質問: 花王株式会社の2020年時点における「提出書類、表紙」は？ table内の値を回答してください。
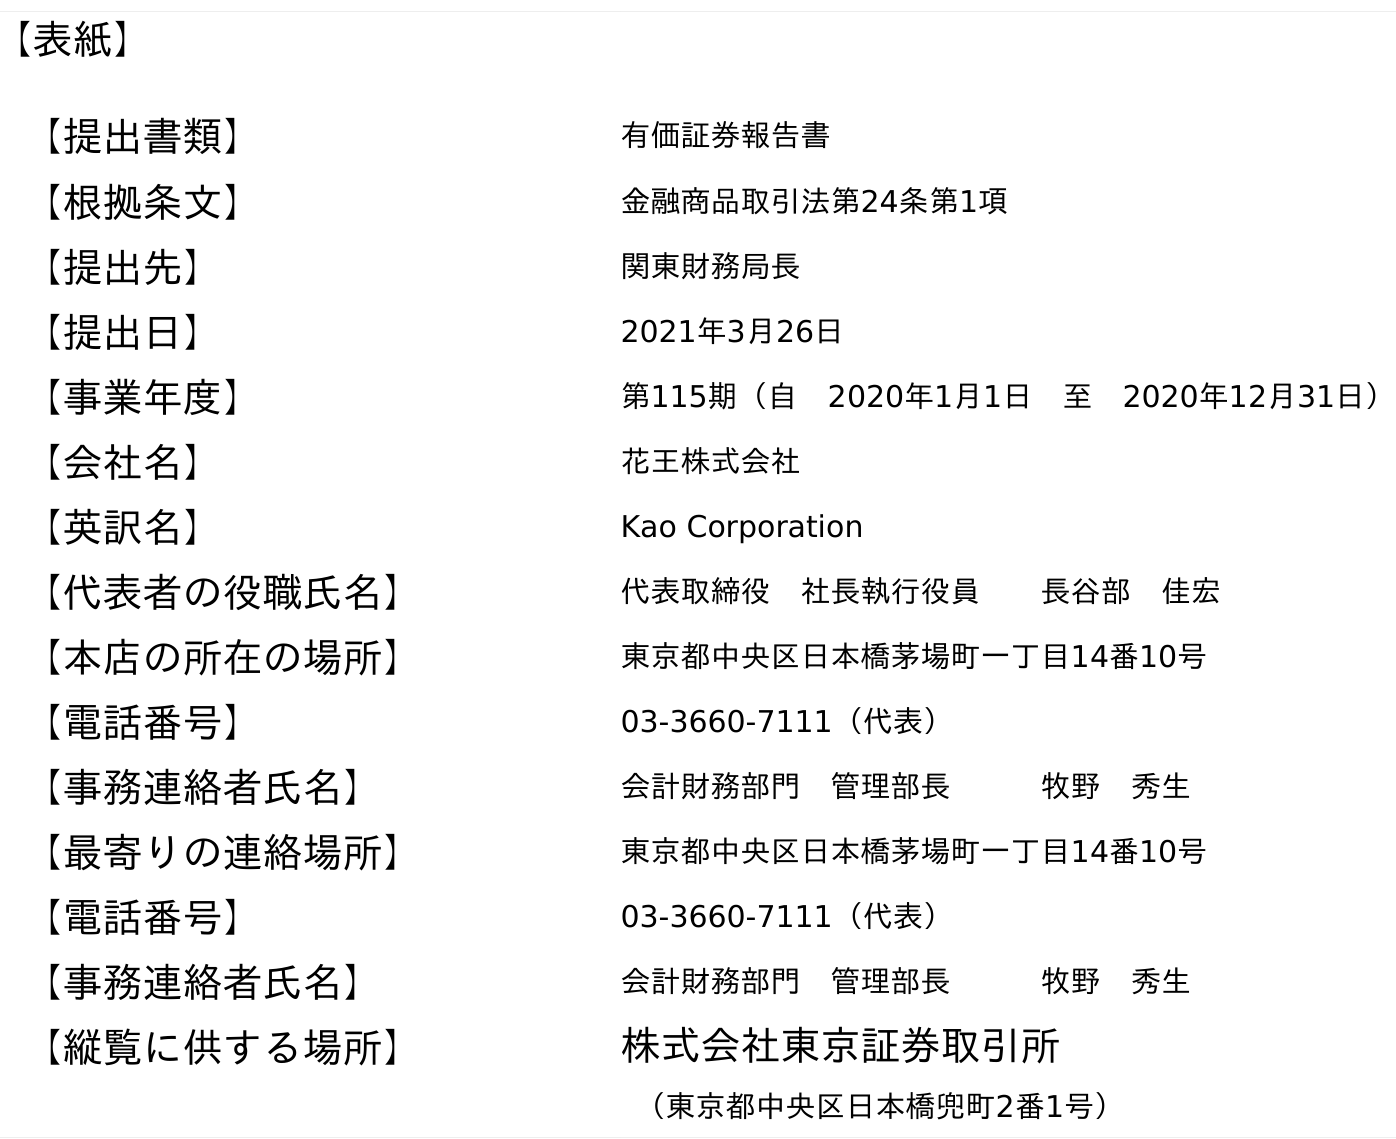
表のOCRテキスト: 【表紙】 【提出書類】 有価証券報告書 【根拠条文】 金融商品取引法第24条第1項 【提出先】 関東財務局長 【提出日】 2021年3月26日 【事業年度】 第115期（自 2020年1月1日 至 2020年12月31日） 【会社名】 花王株式会社 【英訳名】 Kao Corporation 【代表者の役職氏名】 代表取締役 社長執行役員  長谷部 佳宏 【本店の所在の場所】 東京都中央区日本橋茅場町一丁目14番10号 【電話番号】 03-3660-7111（代表） 【事務連絡者氏名】 会計財務部門 管理部長   牧野 秀生 【最寄りの連絡場所】 東京都中央区日本橋茅場町一丁目14番10号 【電話番号】 03-3660-7111（代表） 【事務連絡者氏名】 会計財務部門 管理部長   牧野 秀生 【縦覧に供する場所】 株式会社東京証券取引所 （東京都中央区日本橋兜町2番1号）
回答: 有価証券報告書